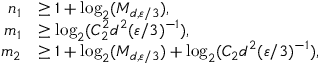
\begin{array} { r l } { n _ { 1 } } & { \geq 1 + \log _ { 2 } ( M _ { d , { \varepsilon } / 3 } ) , } \\ { m _ { 1 } } & { \geq \log _ { 2 } ( C _ { 2 } ^ { 2 } d ^ { 2 } ( { \varepsilon } / 3 ) ^ { - 1 } ) , } \\ { m _ { 2 } } & { \geq 1 + \log _ { 2 } ( M _ { d , { \varepsilon } / 3 } ) + \log _ { 2 } ( C _ { 2 } d ^ { 2 } ( { \varepsilon } / 3 ) ^ { - 1 } ) , } \end{array}